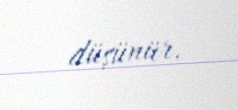
düşünür.